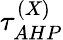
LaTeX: \tau_{AHP}^{(X)}